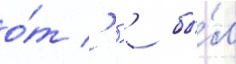
о́т ' '' бы́л